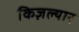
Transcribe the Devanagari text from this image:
किज़ल्यार